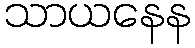
သာယနေန